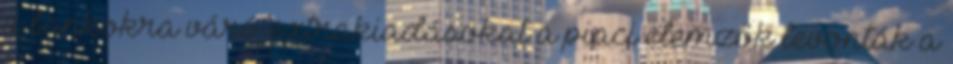
a bankokra váró extrakiadásokat a piaci elemzők levonták a